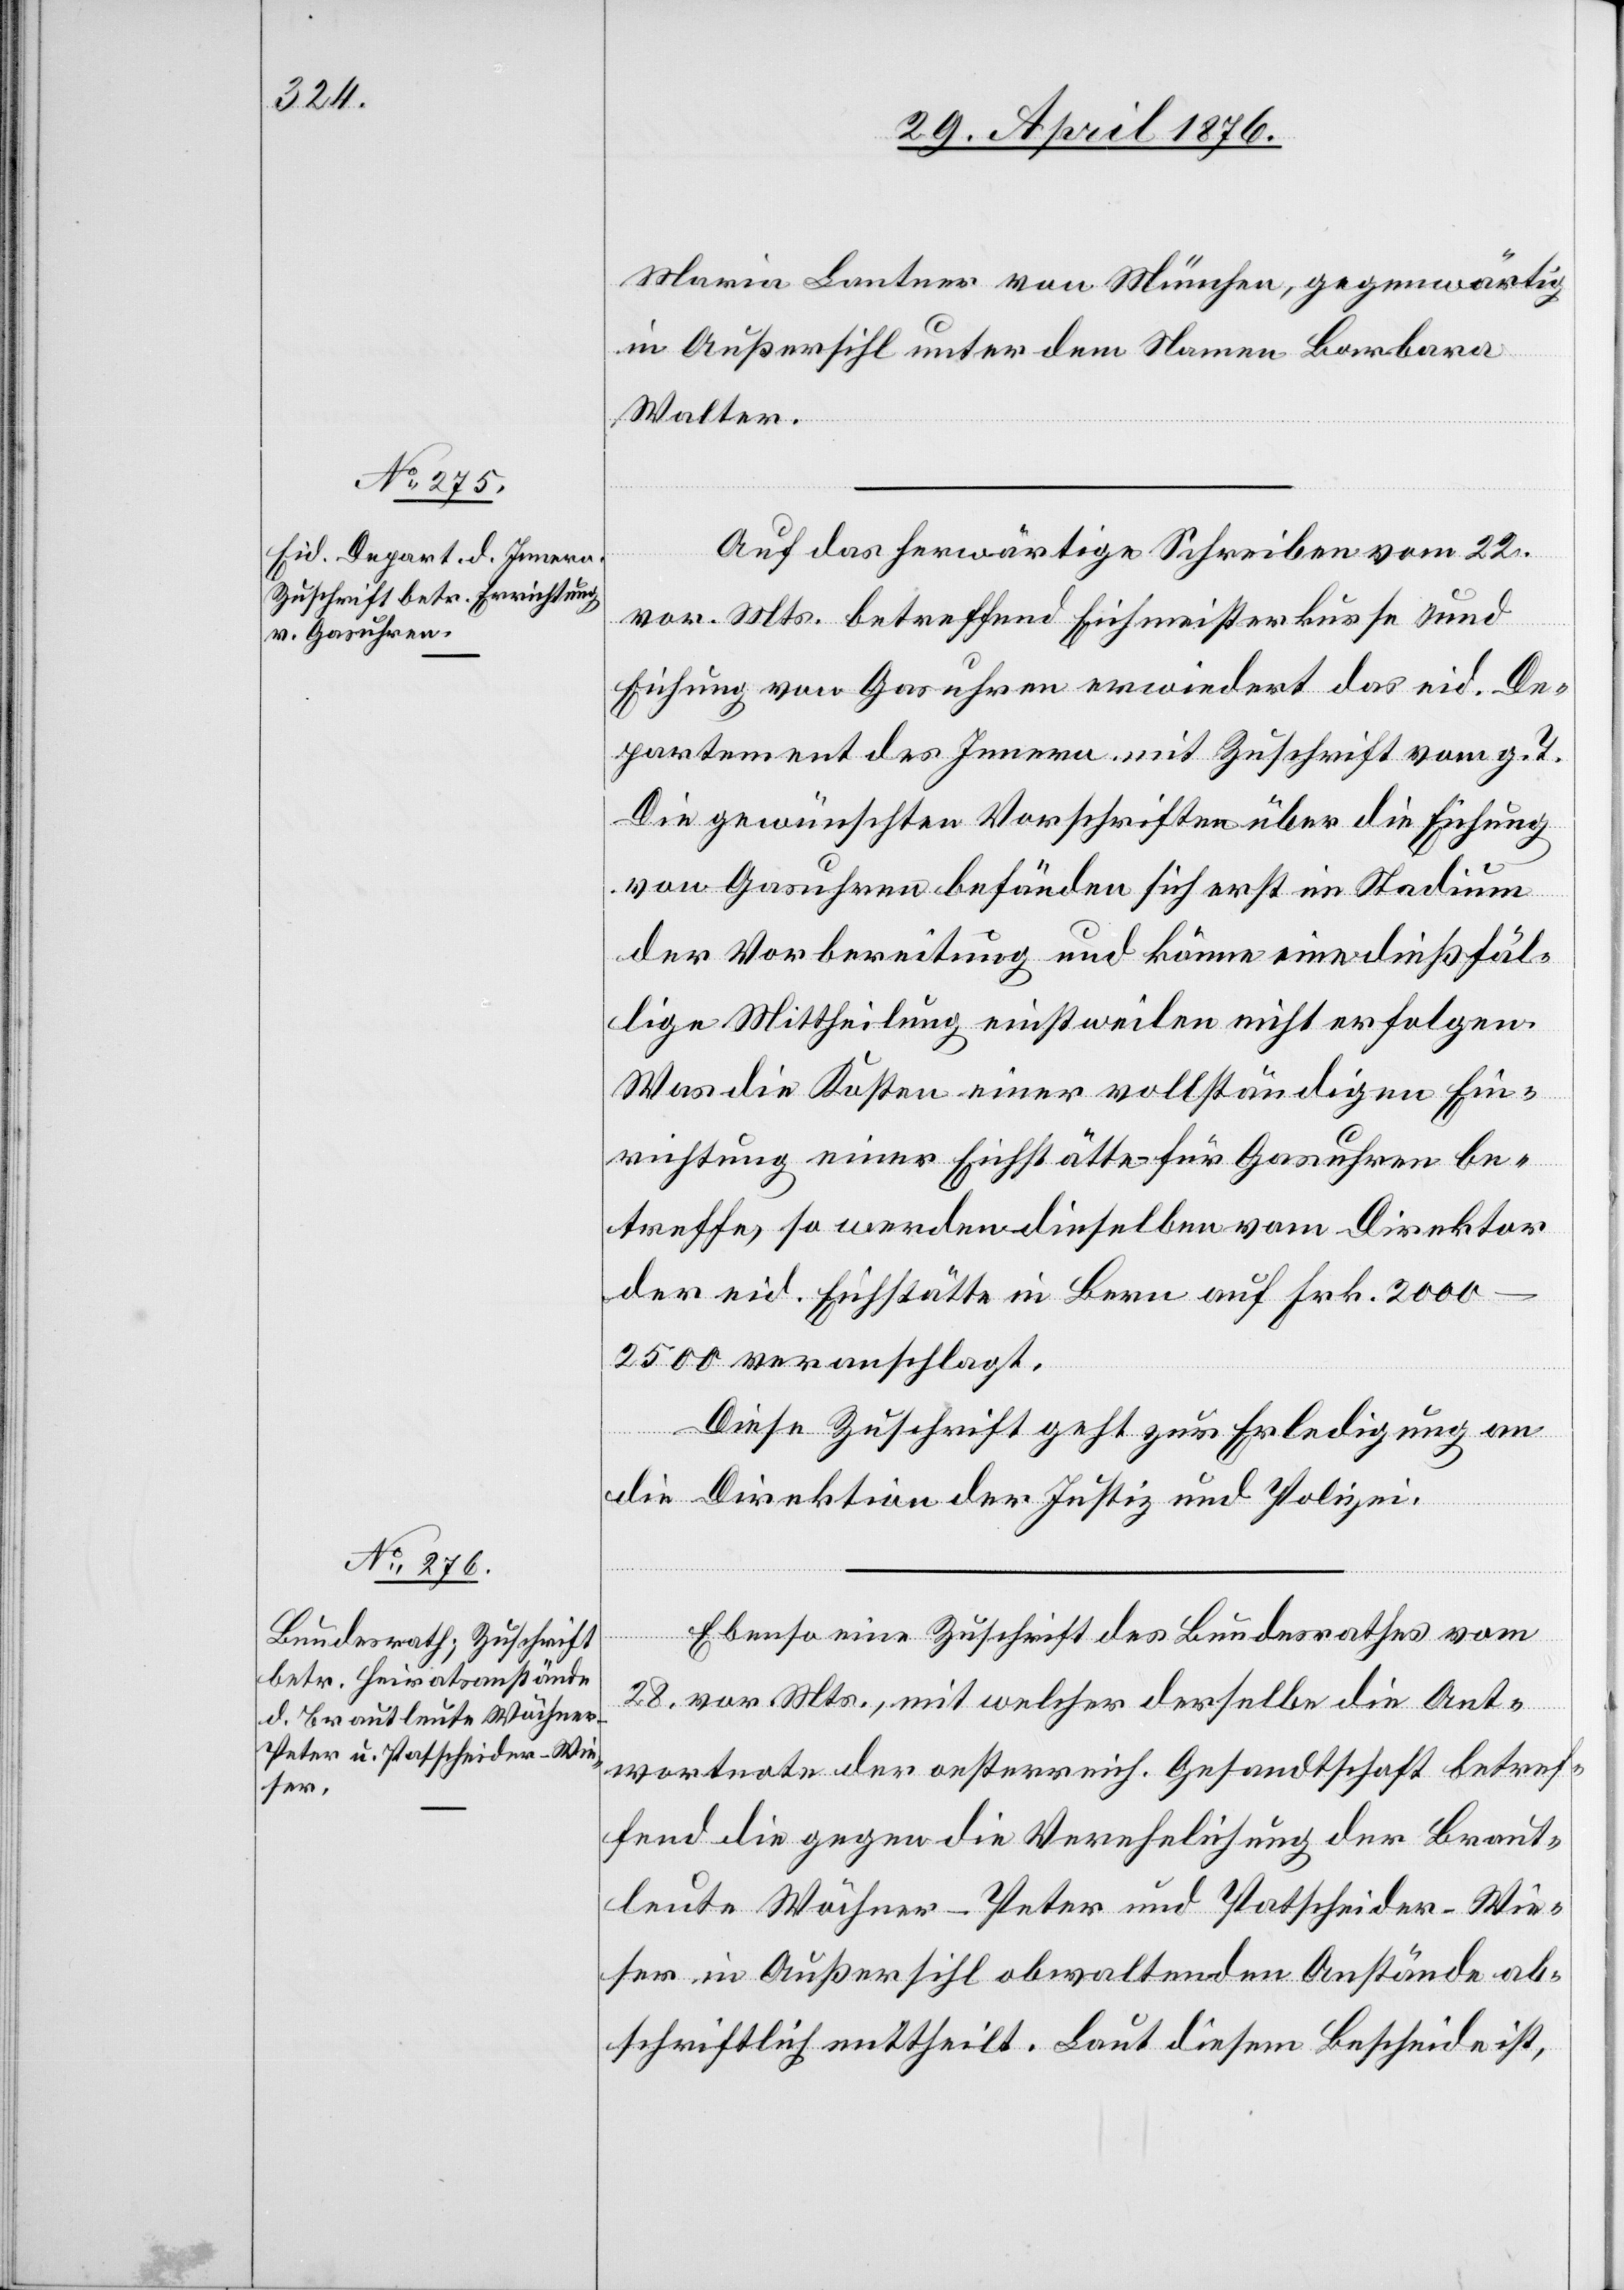
Maria Lantner von München, gegenwärtig
in Außersihl unter dem Namen Barbara
Walter.
Auf das herwärtige Schreiben vom 22.
vor. Mts. betreffend Eichmeisterkurse und
Eichung von Gasuhren erwiedert das eid. De¬
partement des Innern mit Zuschrift vom g. T.
Die gewünschten Vorschriften über die Eichung
von Gasuhren befänden sich erst im Stadium
der Vorbereitung und könne eine dießfäl¬
lige Mittheilung einstweilen nicht erfolgen.
Was die Kosten einer vollständigen Ein¬
richtung einer Eichstätte für Gasuhren be¬
treffe, so werden dieselben vom Direktor
der eid. Eichstätte in Bern auf Frk. 2000–2500
Diese Zuschrift geht zur Erledigung an
die Direktion der Justiz und Polizei.
Ebenso eine Zuschrift des Bundesrathes vom
28. vor. Mts., mit welcher derselbe die Ant¬
wortnote der oesterreich. Gesandtschaft betref¬
fend die gegen die Verehelichung der Braut¬
leute Wöchner-Peter und Patscheider-Wie¬
ser in Außersihl obwaltenden Anstände ab¬
schriftlich mittheilt. Laut diesem Bescheide ist,